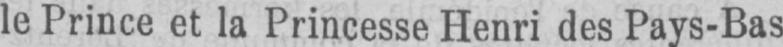
le Prince et la Princesse Henri des Pays-Bas